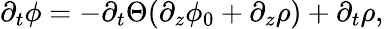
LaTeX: \partial_{t}\phi=-\partial_{t}\Theta(\partial_{z}\phi_{0}+\partial_{z}\rho)+\partial_{t}\rho,